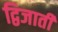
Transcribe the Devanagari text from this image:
द्विजाती